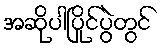
အဆိုပါပြိုင်ပွဲတွင်